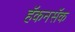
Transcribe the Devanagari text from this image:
हॅकनसॅक